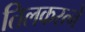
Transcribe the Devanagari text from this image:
तिलकरत्‍ने